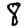
Digit: 8